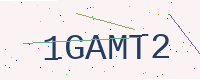
Text: 1GAMT2